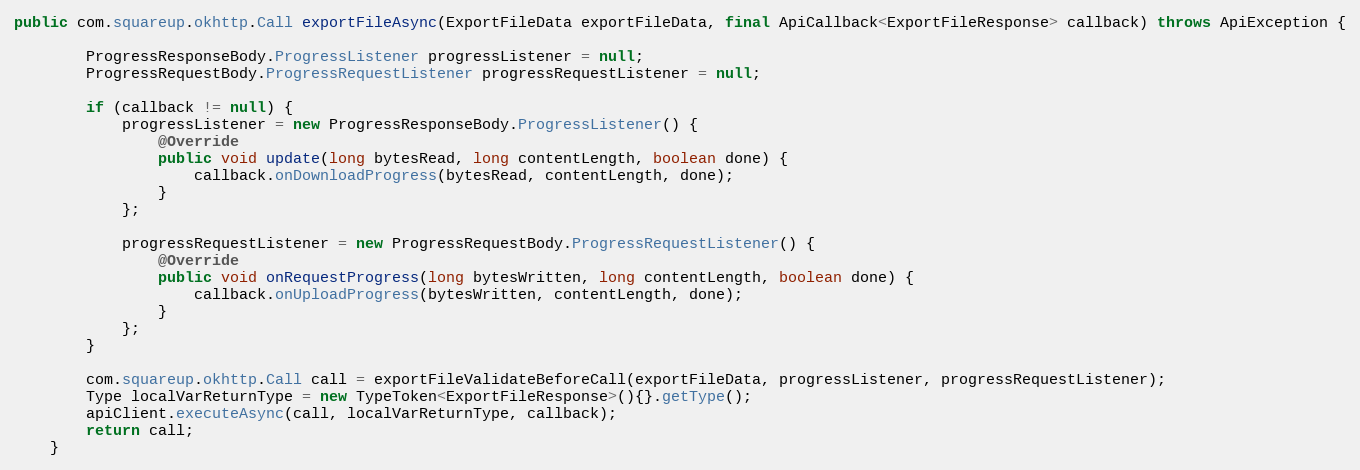
Language: Java
public com.squareup.okhttp.Call exportFileAsync(ExportFileData exportFileData, final ApiCallback<ExportFileResponse> callback) throws ApiException {

        ProgressResponseBody.ProgressListener progressListener = null;
        ProgressRequestBody.ProgressRequestListener progressRequestListener = null;

        if (callback != null) {
            progressListener = new ProgressResponseBody.ProgressListener() {
                @Override
                public void update(long bytesRead, long contentLength, boolean done) {
                    callback.onDownloadProgress(bytesRead, contentLength, done);
                }
            };

            progressRequestListener = new ProgressRequestBody.ProgressRequestListener() {
                @Override
                public void onRequestProgress(long bytesWritten, long contentLength, boolean done) {
                    callback.onUploadProgress(bytesWritten, contentLength, done);
                }
            };
        }

        com.squareup.okhttp.Call call = exportFileValidateBeforeCall(exportFileData, progressListener, progressRequestListener);
        Type localVarReturnType = new TypeToken<ExportFileResponse>(){}.getType();
        apiClient.executeAsync(call, localVarReturnType, callback);
        return call;
    }